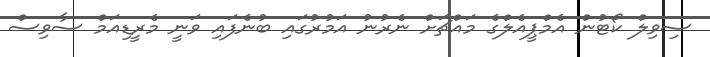
ސިވިލް ކޯޓުން އެމްޕީއެލްގެ މައްޗަށް ނެރުނު އަމުރުގައި ބުނެފައި ވަނީ މެރީޑިއަމް ސާވިސް